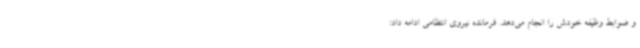
و ضوابط وظیفه خودش را انجام می‌دهد. فرمانده نیروی انتظامی ادامه داد: